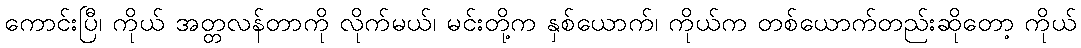
ကောင်းပြီ၊ ကိုယ် အတ္တလန်တာကို လိုက်မယ်၊ မင်းတို့က နှစ်ယောက်၊ ကိုယ်က တစ်ယောက်တည်းဆိုတော့ ကိုယ်